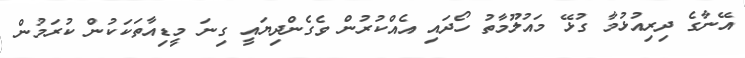
އޭނާގެ ދިރިއުޅުމާ ގުޅޭ މައުލޫމާތު ހޯދައި އެއްކުރުން ވެގެންދިޔައީ ގިނަ މީޑިއާތަކަކުން ކުރަމުން